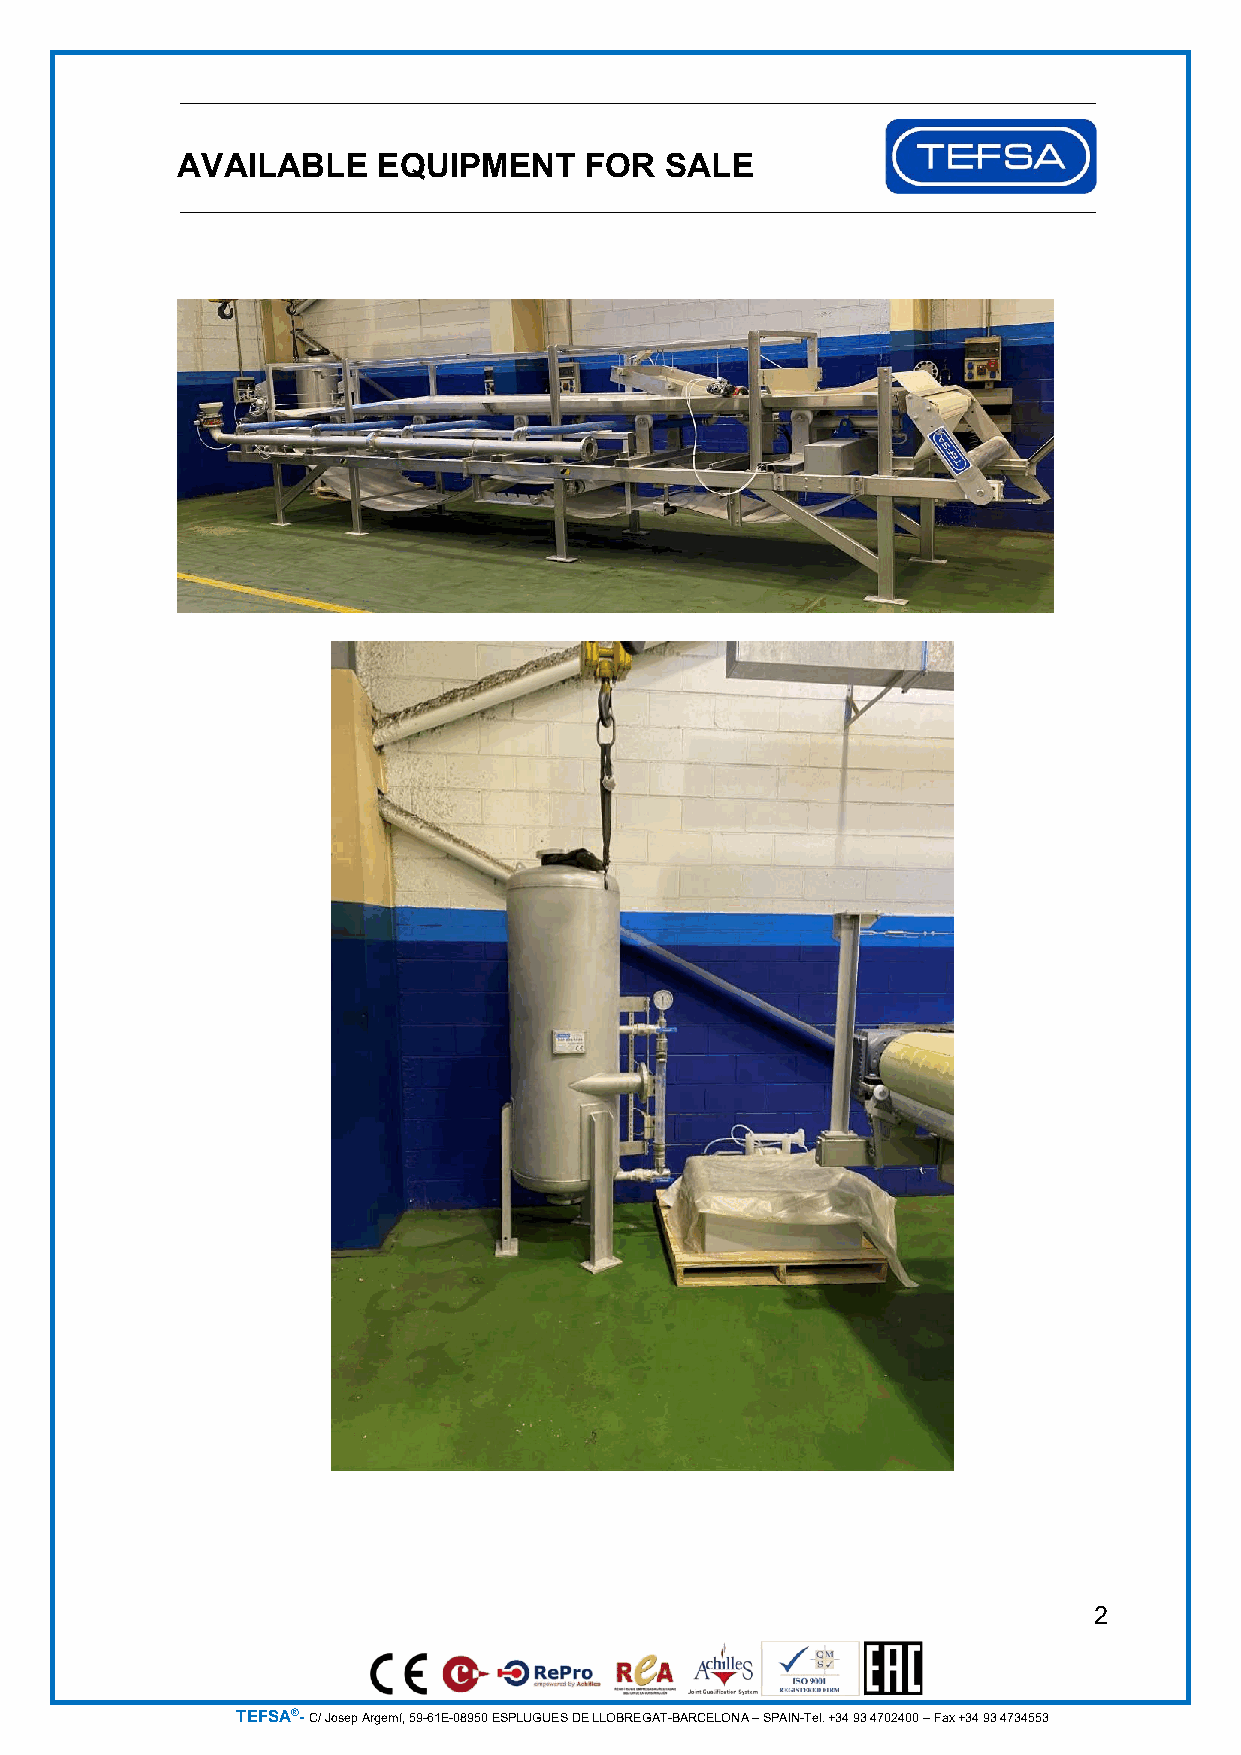
AVAILABLE    EQUIPMENT     FOR  SALE
 2
 TEFSA®- C/ Josep Argemí, 59-61E-08950 ESPLUGUES DE LLOBREGAT-BARCELONA – SPAIN-Tel. +34 93 4702400 – Fax +34 93 4734553